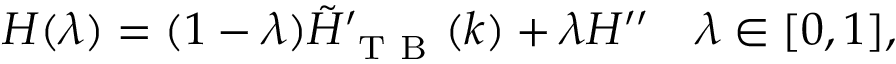
H ( \lambda ) = ( 1 - \lambda ) \tilde { H } _ { \mathrm { ~ T ~ B ~ } } ^ { \prime } ( k ) + \lambda H ^ { \prime \prime } \quad \lambda \in [ 0 , 1 ] ,